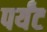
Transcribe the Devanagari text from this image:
पर्यंट